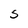
Character: S